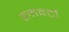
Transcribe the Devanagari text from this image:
हमबर्टो